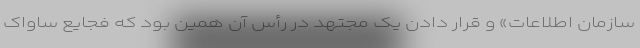
سازمان اطلاعات» و قرار دادن یک مجتهد در رأس آن همین بود که فجایع ساواک